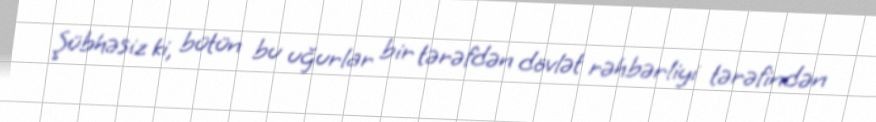
Şübhəsiz ki, bütün bu uğurlar bir tərəfdən dövlət rəhbərliyi tərəfindən